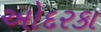
ઓદરકા